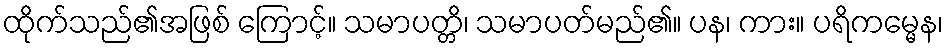
ထိုက်သည်၏အဖြစ် ကြောင့်။ သမာပတ္တိ၊ သမာပတ်မည်၏။ ပန၊ ကား။ ပရိကမ္မေန၊